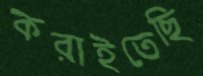
করাইতেছি